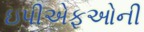
ઇપીએફઓની